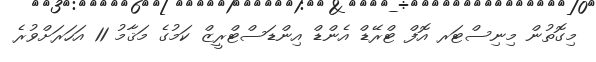
މިގޮތުން މިނިސްޓަރ އޮފް ޓްރޭޑް އެންޑް އިންޑަސްޓްރީޒް ކަމުގެ މަޤާމު 11 އަހަރަށްވުރެ